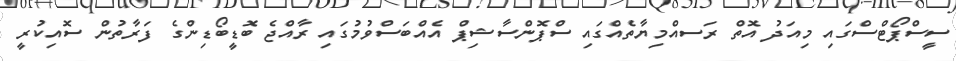
ސީސްޕޯޓްސްގައި މިއަދު އޮތް ރަސއްމިޔާތެއްގައި ސްޕޮންސާޝިޕް އެއްބަސްވުމުގައި ރާއްޖެ ބޮޑީބޯޑިންގެ ފަރާތުން ސޮއިކުރީ